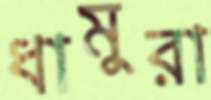
ধামুরা